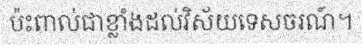
ប៉ះពាល់ជាខ្លាំងដល់វិស័យទេសចរណ៍។